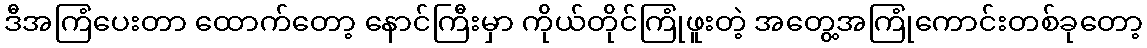
ဒီအကြံပေးတာ ထောက်တော့ နောင်ကြီးမှာ ကိုယ်တိုင်ကြုံဖူးတဲ့ အတွေ့အကြုံကောင်းတစ်ခုတော့